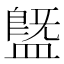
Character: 䀈